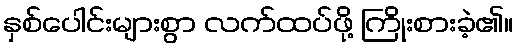
နှစ်ပေါင်းများစွာ လက်ထပ်ဖို့ ကြိုးစားခဲ့၏။